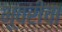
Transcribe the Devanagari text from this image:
भूवरीचा